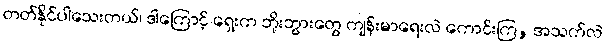
တတ်နိုင်ပါသေးတယ်၊ ဒါကြောင့် ရှေးက ဘိုးဘွားတွေ ကျန်းမာရေးလဲ ကောင်းကြ, အသက်လဲ